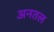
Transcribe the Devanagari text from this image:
अनतल